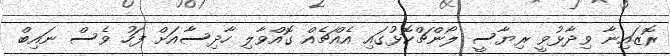
ރޮޒައިނާ ވިދާޅުވީ ރިޔާސީ ލޯންޗްކޮޅުގައި އެއްޗެއް ގޮއްވާލި ހާދިސާއަށް ފަހު ވެސް ނައިބް